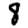
Digit: 8